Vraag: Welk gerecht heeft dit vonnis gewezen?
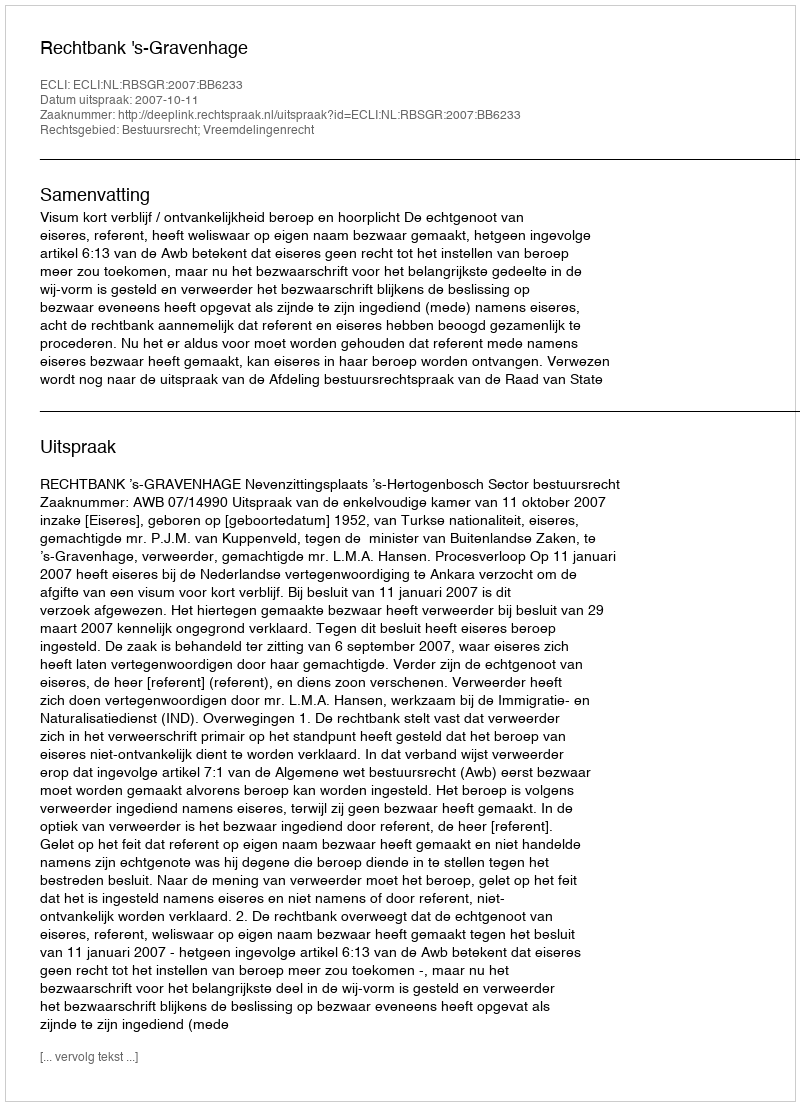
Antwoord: Rechtbank 's-Gravenhage